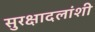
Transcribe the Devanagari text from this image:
सुरक्षादलांशी